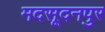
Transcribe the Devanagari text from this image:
मदसूदनपुर